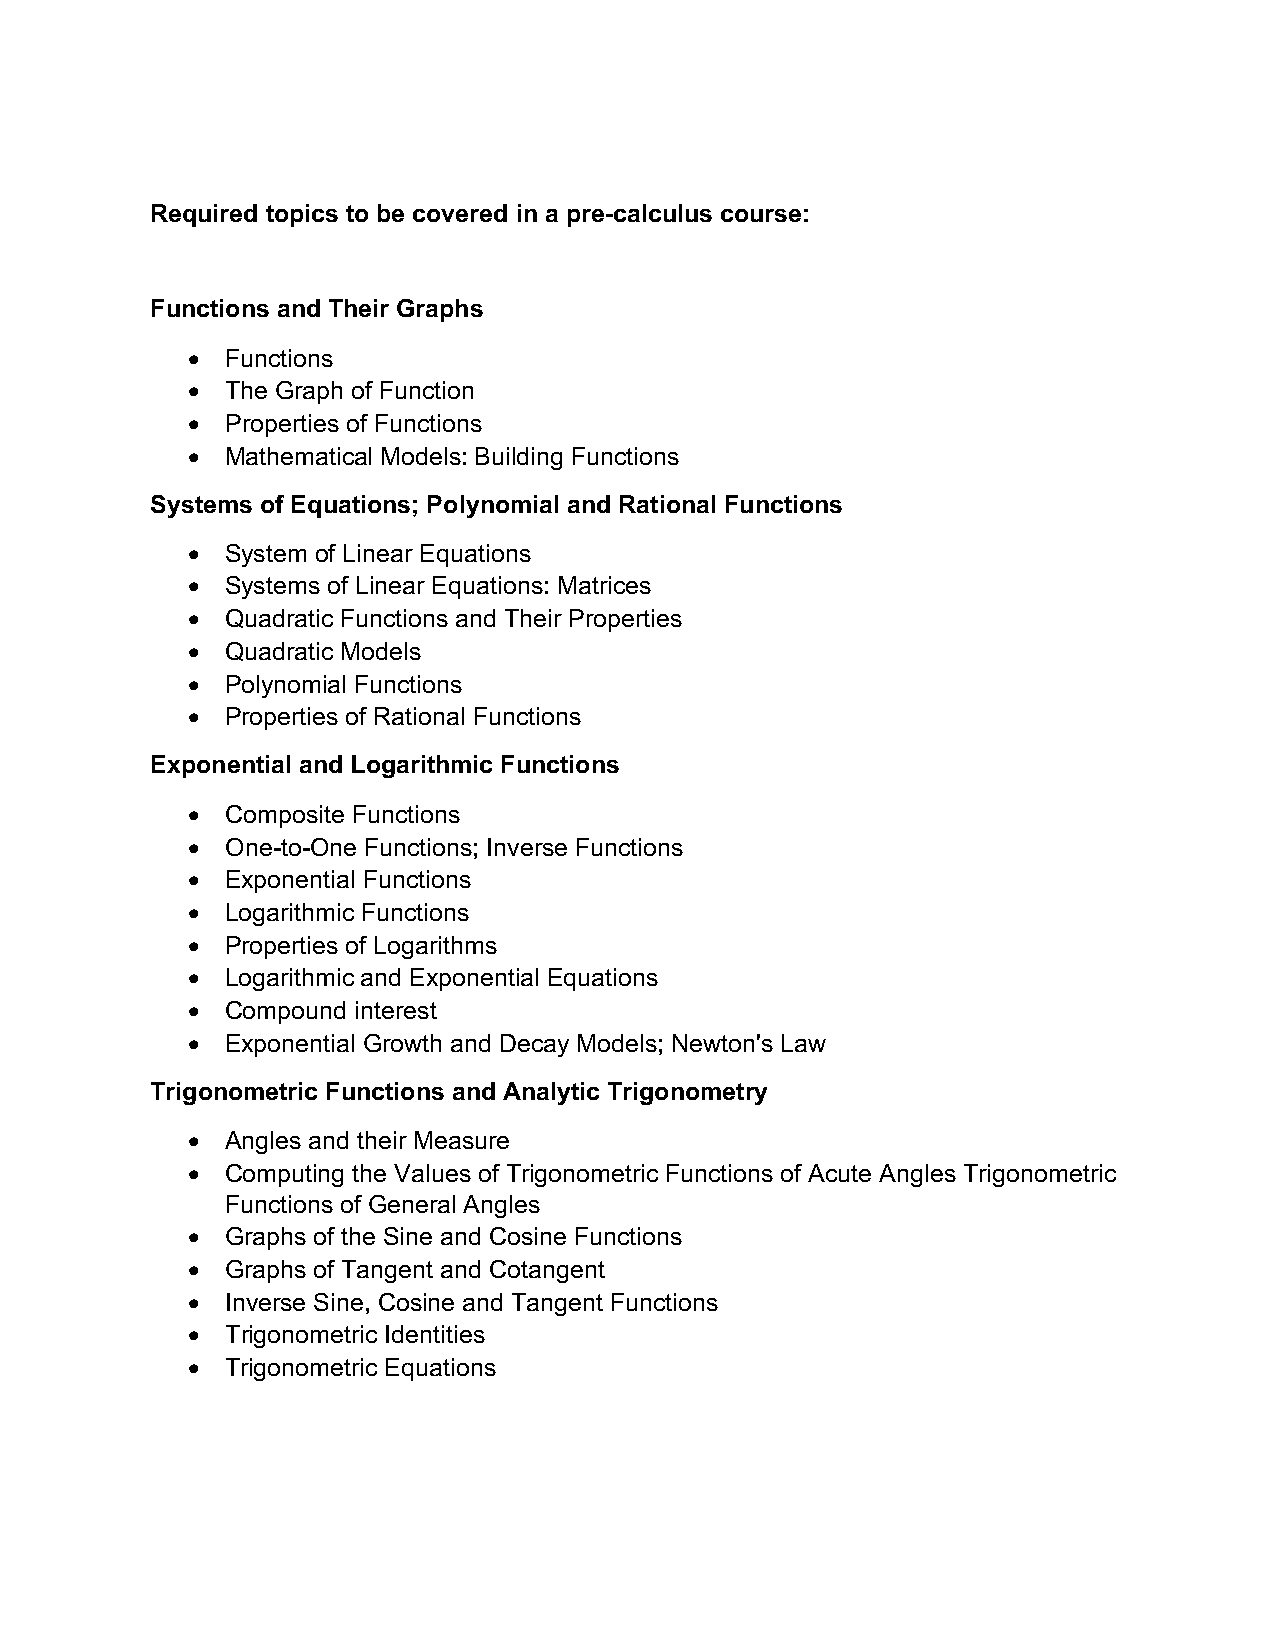
Required topics to be covered in a pre-calculus course:
 Functions and Their Graphs
 •  Functions
 •  The Graph of Function
 •  Properties of Functions
 •  Mathematical Models: Building Functions
 Systems of Equations; Polynomial and Rational Functions
 •  System of Linear Equations
 •  Systems of Linear Equations: Matrices
 •  Quadratic Functions and Their Properties
 •  Quadratic Models
 •  Polynomial Functions
 •  Properties of Rational Functions
 Exponential and Logarithmic Functions
 •  Composite Functions
 •  One-to-One Functions; Inverse Functions
 •  Exponential Functions
 •  Logarithmic Functions
 •  Properties of Logarithms
 •  Logarithmic and Exponential Equations
 •  Compound interest
 •  Exponential Growth and Decay Models; Newton's Law
 Trigonometric Functions and Analytic Trigonometry
 •  Angles and their Measure
 •  Computing the Values of Trigonometric Functions of Acute Angles Trigonometric
 Functions of General Angles
 •  Graphs of the Sine and Cosine Functions
 •  Graphs of Tangent and Cotangent
 •  Inverse Sine, Cosine and Tangent Functions
 •  Trigonometric Identities
 •  Trigonometric Equations